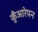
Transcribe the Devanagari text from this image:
कुँआरेपन